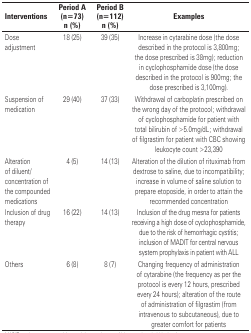
| Interventions | Period A(n=73)n (%) | Period B(n=112)n (%) | Examples |
 | --- | --- | --- | --- |
 | Dose adjustment | 18 (25) | 39 (35) | Increase in cytarabine dose (the dose described in the protocol is 3,800mg; the dose prescribed is 38mg); reduction in cyclophosphamide dose (the dose described in the protocol is 900mg; the dose prescribed is 3,100mg). |
 | Suspension of medication | 29 (40) | 37 (33) | Withdrawal of carboplatin prescribed on the wrong day of the protocol; withdrawal of cyclophosphamide for patient with total bilirubin of >5.0mg/dL; withdrawal of filgrastim for patient with CBC showing leukocyte count >23,390 |
 | Alteration of diluent/ concentration of the compounded medications | 4 (5) | 14 (13) | Alteration of the dilution of rituximab from dextrose to saline, due to incompatibility; increase in volume of saline solution to prepare etoposide, in order to attain the recommended concentration |
 | Inclusion of drug therapy | 16 (22) | 14 (13) | Inclusion of the drug mesna for patients receiving a high dose of cyclophosphamide, due to the risk of hemorrhagic cystitis; inclusion of MADIT for central nervous system prophylaxis in patient with ALL |
 | Others | 6 (8) | 8 (7) | Changing frequency of administration of cytarabine (the frequency as per the protocol is every 12 hours, prescribed every 24 hours); alteration of the route of administration of filgrastim (from intravenous to subcutaneous), due to greater comfort for patients |